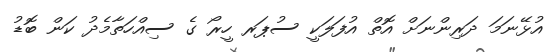
އުޅޭނަމަ ދަރިންނަށް އޮތް އުފަލަކީ ސުޕަރ ހީރޯ ގެ ސިއްހަތާމެދު ކަން ބޮޑު